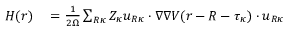
\begin{array} { r l } { H ( \boldsymbol { r } ) } & { { } = \frac { 1 } { 2 \Omega } \sum _ { \boldsymbol { R } \kappa } Z _ { \kappa } \boldsymbol { u } _ { \boldsymbol { R } \kappa } \cdot \nabla \nabla V ( \boldsymbol { r } - \boldsymbol { R } - \boldsymbol { \tau } _ { \kappa } ) \cdot \boldsymbol { u } _ { \boldsymbol { R } \kappa } } \end{array}